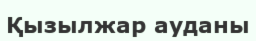
Қызылжар ауданы